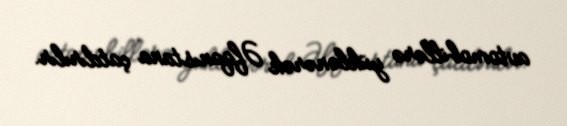
avtomobillərə yüklənərək Əfqanıstana çatdırılır.